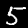
Digit: 5